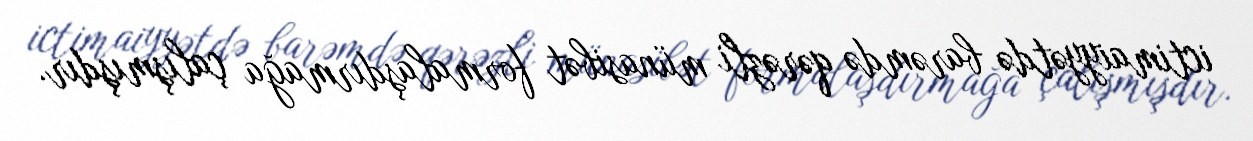
ictimaiyyətdə barəmdə qərəzli münasibət formalaşdırmağa çalışmışdır.